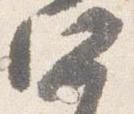
四